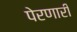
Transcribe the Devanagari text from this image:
पेरणारी